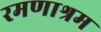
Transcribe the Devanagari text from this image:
रमणाश्रम